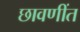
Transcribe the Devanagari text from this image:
छावणींत